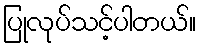
ပြုလုပ်သင့်ပါတယ်။